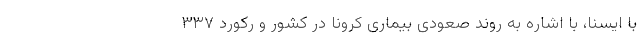
با ایسنا، با اشاره به روند صعودی بیماری کرونا در کشور و رکورد ۳۳۷